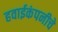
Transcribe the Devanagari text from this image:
हवाईकंपनीचे